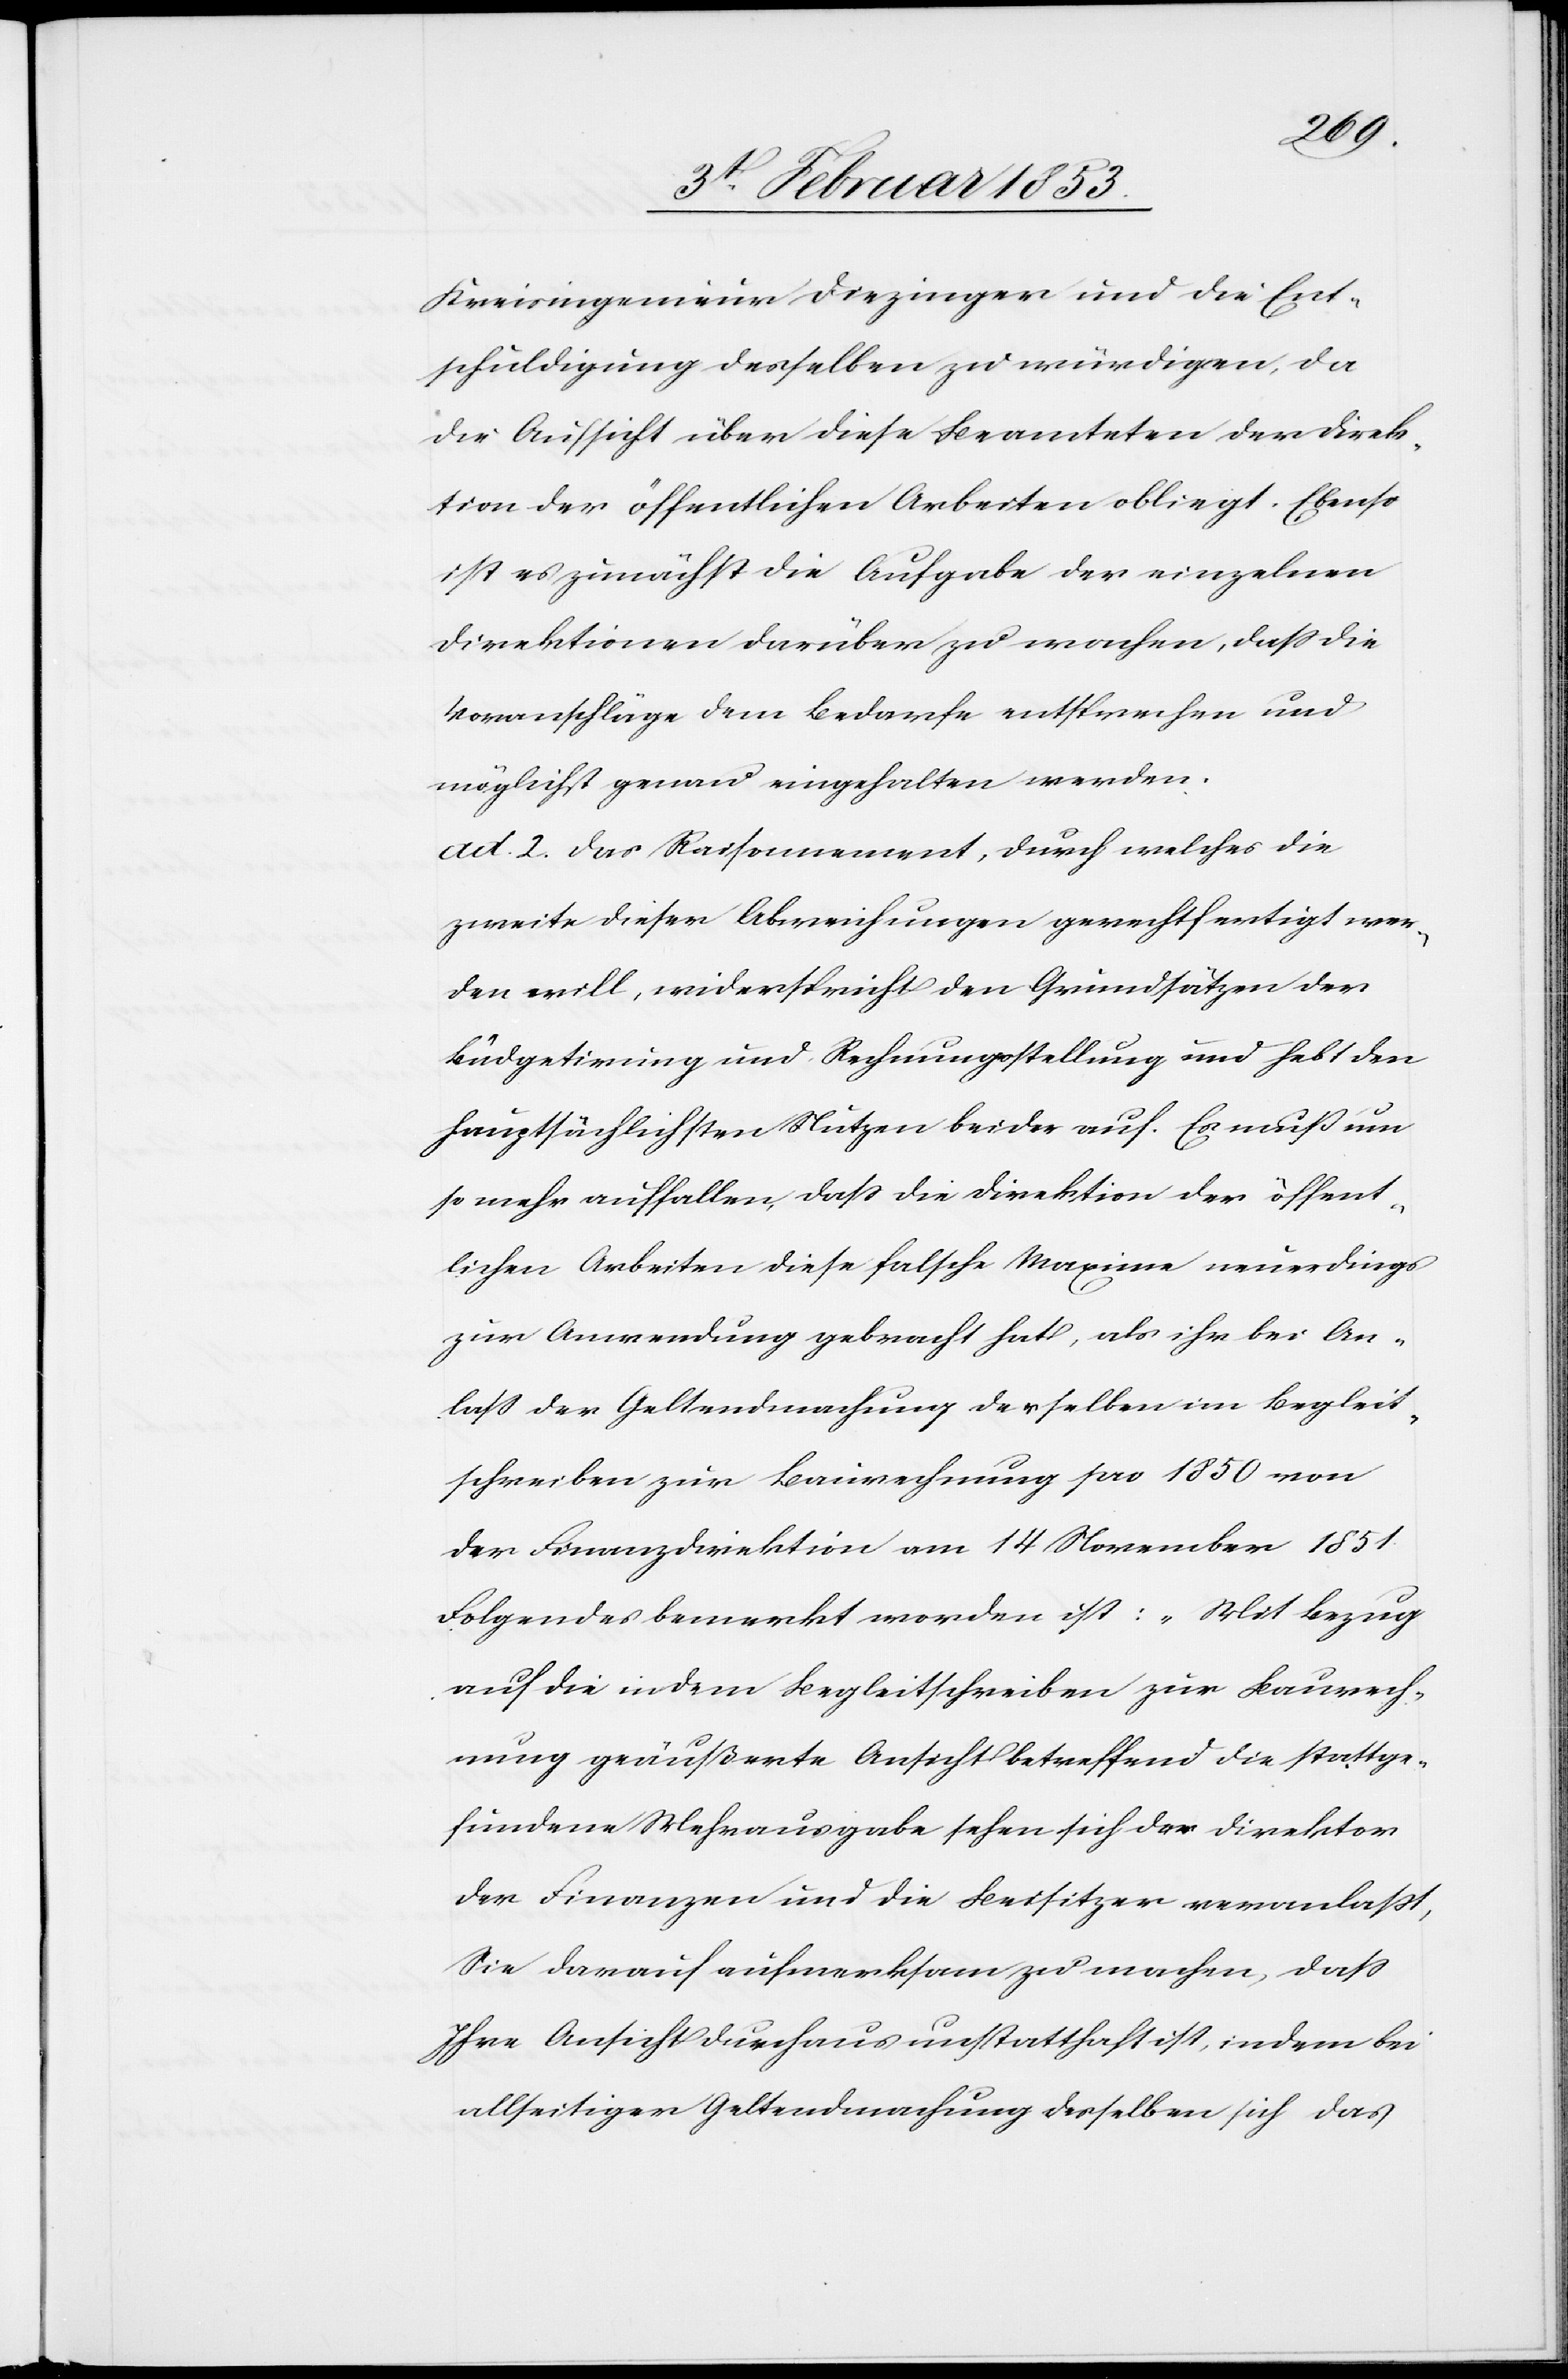
Kreisingenieur Diezinger und die Ent¬
schädigung desselben zu würdigen, da
die Aussicht über diese Beamteten der Direk¬
tion der öffentlichen Arbeiten obliegt. Ebenso
ist er zunächst die Aufgabe der einzelnen
Direktionen darüber zu wachen, daß die
Voranschläge dem Bedarfe entsprechen und
möglichst genau eingehalten werden.
ad. 2. Das Raisonnement, durch welches die
zweite dieser Abweichungen gerechtfertigt wer¬
den will, widerspricht den Grundsätzen der
Büdgetierung und Rechnungsstellung und hebt den
hauptsächlichen Nutzen beider auf. Es muß um
so mehr auffallen, daß die Direktion der öffent¬
lichen Arbeiten diese falsche Maxime neuerdings
zur Anwendung gebracht hat, als ihr bei An¬
laß der Geltendmachung derselben im Begleit¬
schreiben zur Baurechnung pro 1850 von
der Finanzdirektion am 14 November 1851
Folgendes bemerkt worden ist: „Mit Bezug
auf die in dem Begleitschreiben zur Baurech¬
nung geäußerte Ansicht betreffend die stattge¬
fundene Mehrausgabe sehen sich der Direktor
der Finanzen und die Besitzer veranlaßt,
Sie darauf aufmerksam zu machen, daß
Ihre Ansicht durchaus unstatthaft ist, indem bei
allseitiger Geltendmachung derselben sich das